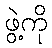
ဖွဲ့ကို